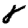
Digit: 8